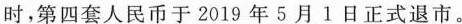
时，第四套人民币于2019年5月1日正式退市。